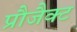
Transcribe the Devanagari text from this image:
प्रौजैक्ट